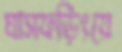
ঘাসফড়িংয়ে